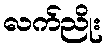
လက်ညိုး